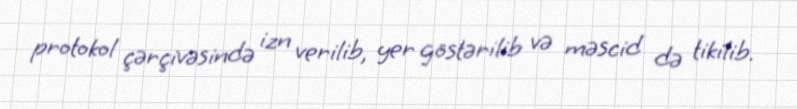
protokol çərçivəsində izn verilib, yer göstərilib və məscid də tikilib.